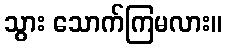
သွား သောက်ကြမလား။